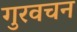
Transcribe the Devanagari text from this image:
गुरवचन